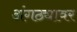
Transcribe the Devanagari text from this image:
अंगठ्यावर